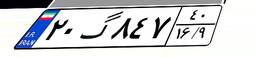
۲۰گ۸۴۷۴۰